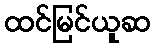
ထင်မြင်ယူဆ